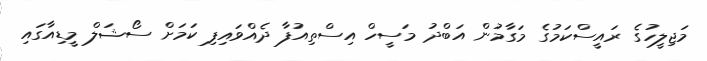
މަޖިލީހުގެ ރައީސްކަމުގެ މަގާމުން އަބްދު މަސީހް އިސްތިއުފާ ދެއްވައިފި ކަމަށް ސޯޝަލް މީޑިއާގައި